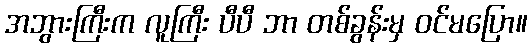
အဘွားကြီးက လူကြီး ပီပီ ဘာ တစ်ခွန်းမှ ဝင်မပြော။